Senior Leaving Certificate Examination (including Day School Certificate (Higher) General paper), 1948
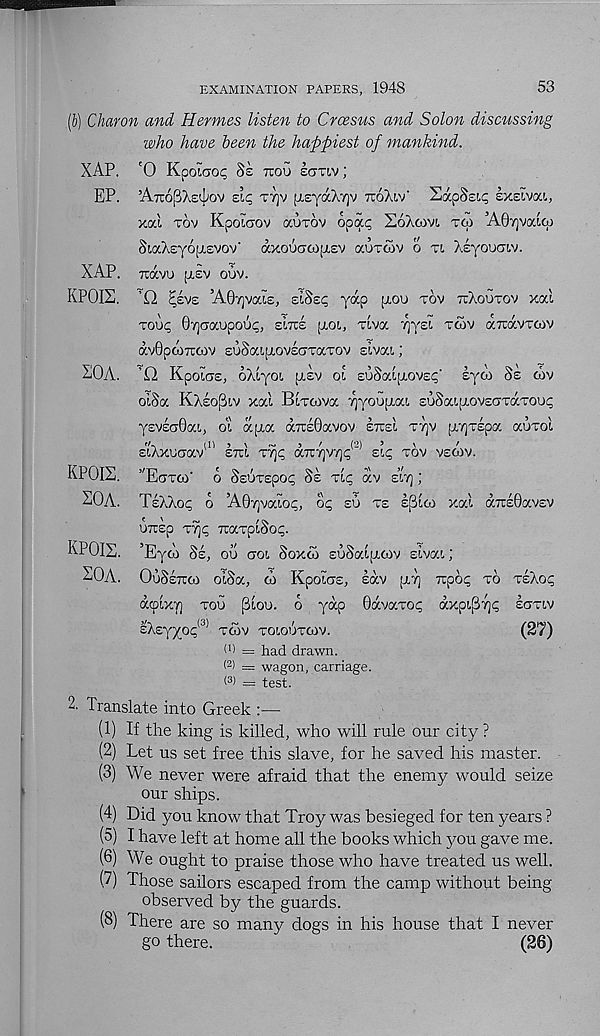
EXAMINATION PAPERS, 1948
53
XAP.
EP.
XAP.
KPOIS,
XOA.
Charon and Hermes listen to Croesus and Solon dismssing
who have teen the happiest of mankind.
'0 Kpolcroc; Ss too Icttiv;
’Ato(3X£i!;ov eic, tt]v [xsyaXTjv ttoXiv' SapSsii; sxeivai,
xal tov Kpoiaov auxov opap SoXcovi. tco ’AGyvaioj
rWXcVoij.svov' axoucrco[j,£V auxoiv o xt, Xeyoocxv.
Travu p,ev oov.
’|Q ^£V£ ’A07]vai£,
yap [TOO xov TiXouxov xal
TOUC, 8'/]CTaupoop, ELTCE [TOI, XLV(X TjyEl XWV aTXXVXCOV
av0p(O7rcov EuScapiovECJxaxov Eivat.;
’H KpoiaE, oXiyot, p.£v oi EuSoapiovE^' £yw Se cov
oiSa KXsopiv xal Bixoava yyoojTca EoSaip/jVEXxaxooc
y£V£CJ0ai,, 61 cf.{±cr. aiTEGavov etceI X7]V [XTjXEpa auxol
EiXxocrav etu ‘xrf, octctjvt]^ ' sip xov veoiv.
KPOIS. ’'Ectxoi - o Se6xepo<; Se xip av e’it] ;
SOA. TsXXop o A0-/]vaiop, oc; El) XE £^[(0 xal a7UE0aV£V
UTCEp x^p TiaxplSo;;.
KPOIS. ’Eyw Se, oo croi. Soxco suSalfJicov slvai;
SOA. OuSetto) oiSa, 6> Kpotas, lav [XT] rcpoc; xo xeXo(-
acplxT] xou [3loo. o yap 0avaxo^ axpi(3T]<; icrav
eXEyyop^1 xcov xoiooxcov.
(27)
(’) = had drawn.
( 2 > = wagon, carriage.
< 3 ) = test.
2- Translate into Greek :—
(1) If the king is killed, who will rule our city ?
(2) Let us set free this slave, for he saved his master.
(3) We never were afraid that the enemy would seize
our ships.
(4) Did you know that Troy was besieged for ten years ?
(5) I have left at home all the books which you gave me.
(6) We ought to praise those who have treated us well.
(7) Those sailors escaped from the camp without being
observed by the guards.
(8) There are so many dogs in his house that I never
go there.
(26)